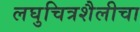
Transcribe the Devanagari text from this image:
लघुचित्रशैलीचा